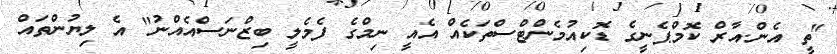
"ތީ އެން.އާރް ކޮމްޕެނީގެ ޑޮކިއުމެންޓްސްތަކެއް އެއީ ނިމްގެ ފެމެލީ ބިޒްނަސްއެއްނު" އެ ލިޔުންތައް